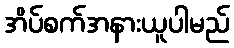
အိပ်စက်အနားယူပါမည်